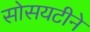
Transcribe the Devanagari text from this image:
सोसयटीने